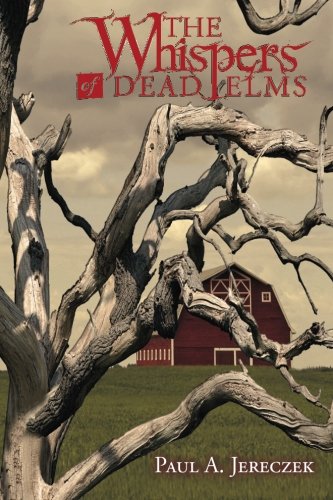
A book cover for The Whispers of Dead Elms; Paul A. Jereczek; Teen & Young Adult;